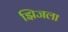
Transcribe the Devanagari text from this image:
झिजला